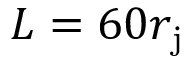
L = 6 0 r _ { \mathrm { j } }